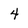
Character: 4